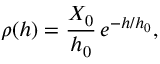
\rho ( h ) = { \frac { X _ { 0 } } { h _ { 0 } } } \, e ^ { - h / h _ { 0 } } ,